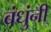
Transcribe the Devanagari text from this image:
बंधुंनी